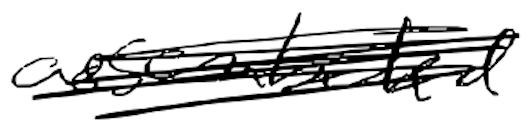
Text: assembled
Cross-out: scratch
Writing tool: digital_black